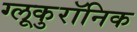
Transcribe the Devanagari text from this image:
ग्लूकुरॉनिक